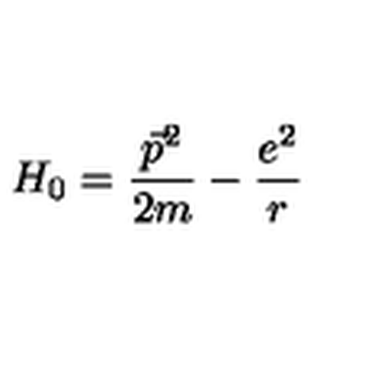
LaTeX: H _ { 0 } = \frac { \vec { p } ^ { 2 } } { 2 m } - \frac { e ^ { 2 } } { r }